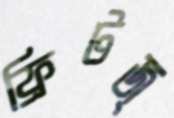
ফ্রিটজ্